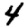
Digit: 4